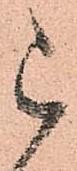
被